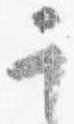
其